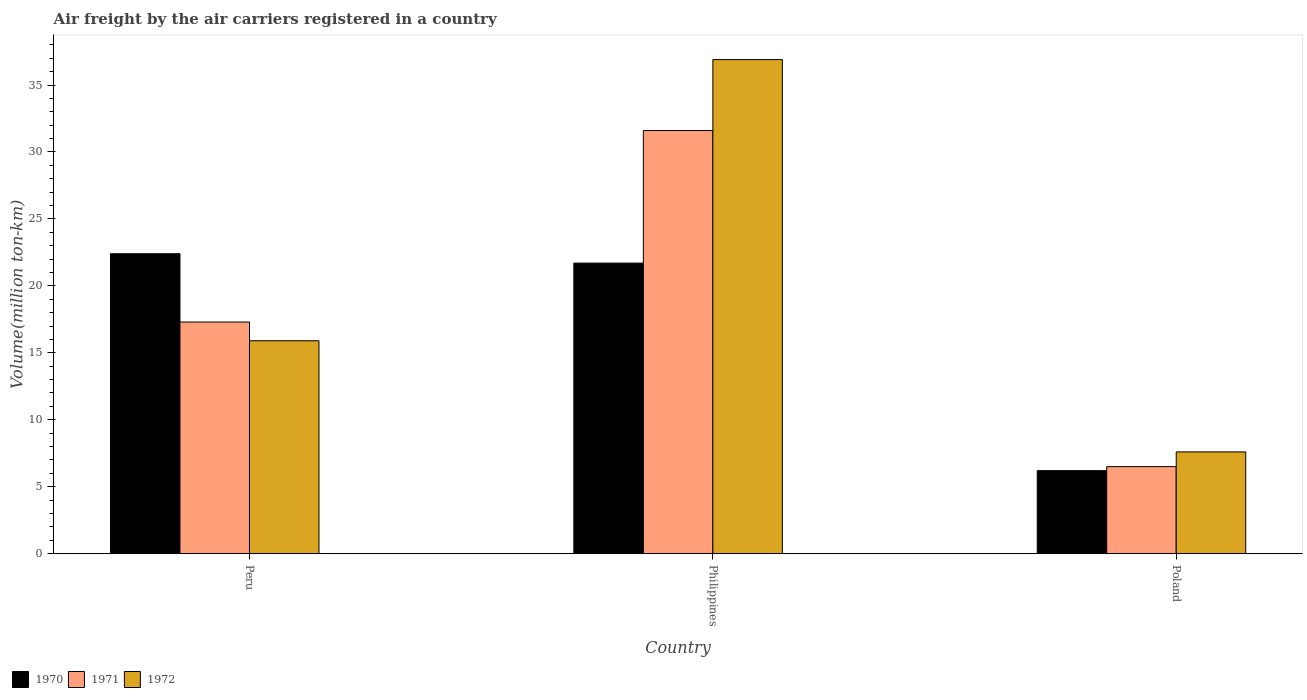
| Country | 1970 | 1971 | 1972 |
 | --- | --- | --- | --- |
 | Peru | 22.4 | 17.3 | 15.9 |
 | Philippines | 21.7 | 31.6 | 36.9 |
 | Poland | 6.2 | 6.5 | 7.6 |